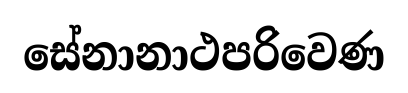
සේනානාථපරිවෙණ